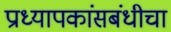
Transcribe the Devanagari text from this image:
प्राध्यापकांसबंधीचा